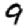
Digit: 9